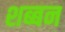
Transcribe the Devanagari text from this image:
शब्बन